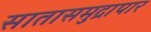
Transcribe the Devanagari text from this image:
सातासमुद्रापार